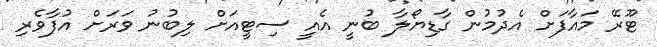
ޓޫރޭ މައާފަށް އެދުމުން ގާޑިޔޯލާ ބުނީ އެއީ ސިޓީއަށް ލިބުނު ވަރަށް އުފާވެރި